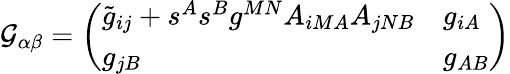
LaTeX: {\cal G}_{\alpha\beta}=\left(\begin{array}{ll}{{\tilde{g}_{ij}+s^{A}s^{B}g^{MN}A_{iMA}A_{jNB}}}&{{g_{iA}}}\\ {{g_{jB}}}&{{g_{AB}}}\end{array}\right)